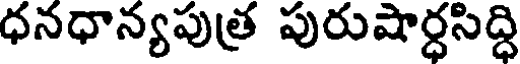
ధనధాన్యపుత్ర పురుషార్ధసిద్ధి